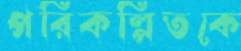
পরিকল্পিতকে